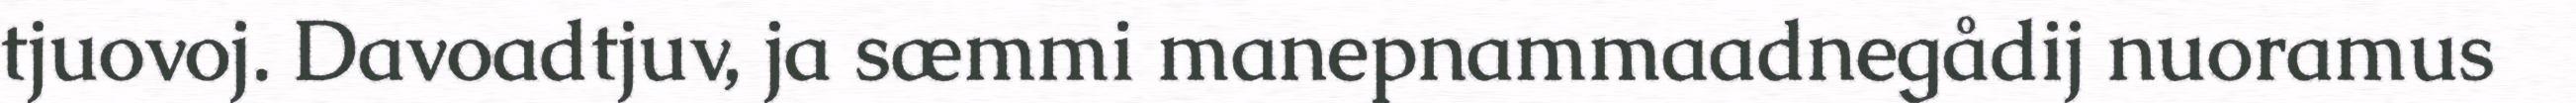
tjuovoj. Davoadtjuv, ja sæmmi manepnammaadnegådij nuoramus